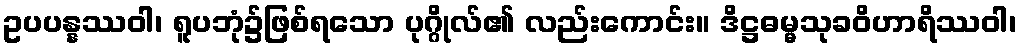
ဥပပန္နဿဝါ၊ ရူပဘုံ၌ဖြစ်ရသော ပုဂ္ဂိုလ်၏ လည်းကောင်း။ ဒိဋ္ဌဓမ္မသုခဝိဟာရိဿဝါ၊